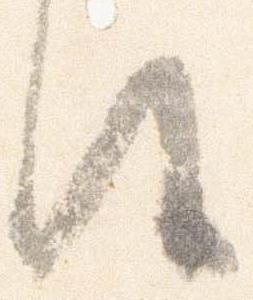
候